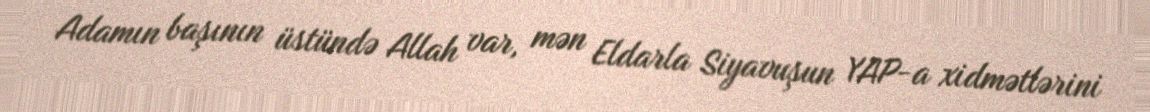
Adamın başının üstündə Allah var, mən Eldarla Siyavuşun YAP-a xidmətlərini